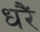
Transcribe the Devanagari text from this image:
धरैं